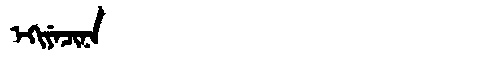
Manchu: ᡝᡴᡳᠶᡝᠴᡳᠨᠠ
Romanization: EKIYECINA